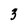
Character: 3